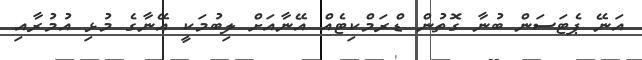
އަނޭ ޕެޓަސަން ބުނާ ގޮތުން ޑްރަމްކިޓެއް އޭނާއަށް ލިބުމަކީ އޭނާގެ މުޅި އުމުރާއި